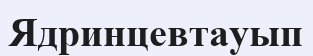
Ядринцевтауып